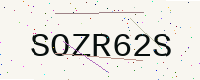
Text: SOZR62S